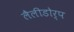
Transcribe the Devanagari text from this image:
लैलीडोर्प